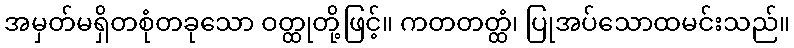
အမှတ်မရှိတစုံတခုသော ဝတ္ထုတို့ဖြင့်။ ကတတတ္ထံ၊ ပြုအပ်သောထမင်းသည်။